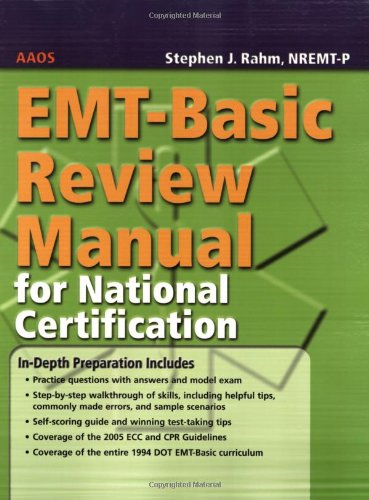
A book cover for EMT-Basic Review Manual For National Certification; American Academy of Orthopaedic Surgeons (AAOS); Medical Books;